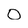
Character: 0